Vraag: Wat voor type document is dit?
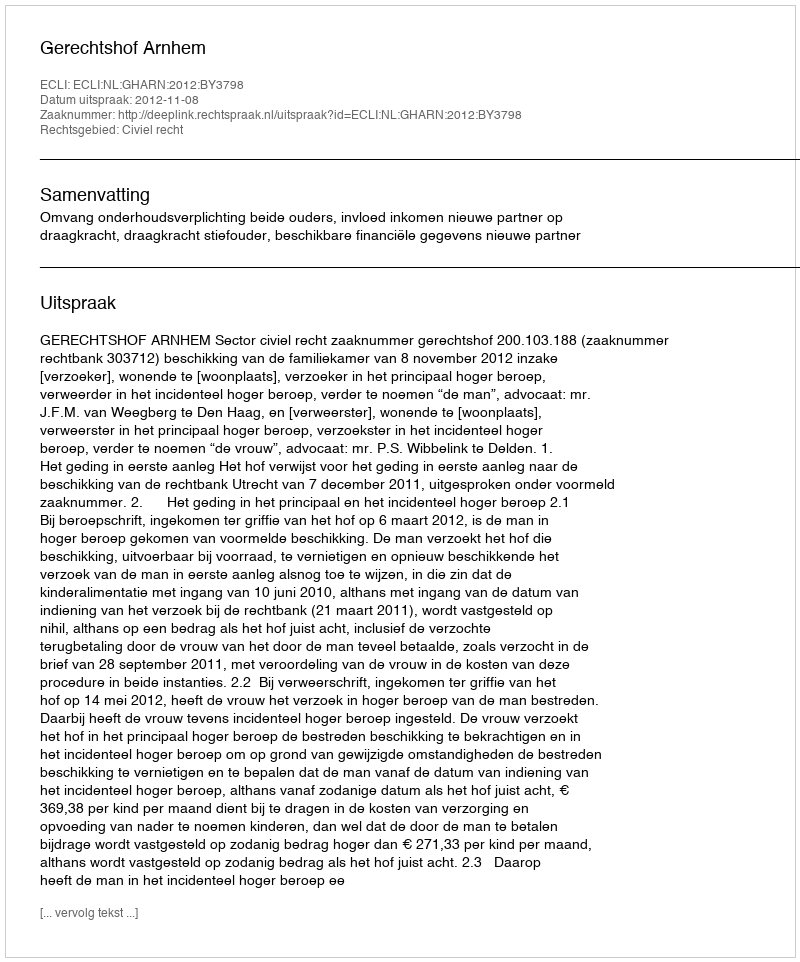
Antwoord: Uitspraak